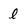
Character: l